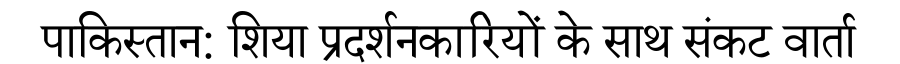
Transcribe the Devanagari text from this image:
पाकिस्तान: शिया प्रदर्शनकारियों के साथ संकट वार्ता